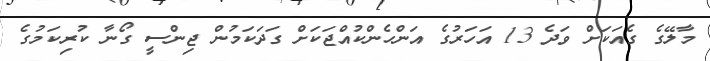
މާލޭގެ ގެއަކަށް ވަދެ 13 އަހަރުގެ އަންހެންކުއްޖަކަށް ގަދަކަމުން ޖިންސީ ގޯނާ ކުރިކަމުގެ